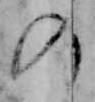
の